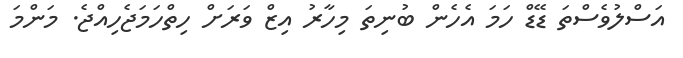
އަސްލުވެސްތަ ޑޭޑް ހަމަ އެހެން ބުނިތަ މިހާރު އިޒް ވަރަށް ހިތްހަމަޖެހިއްޖެ. މަންމަ